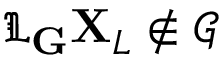
\mathfrak { L } _ { \mathbf { G } } \mathbf { X } _ { L } \notin \mathcal { G }